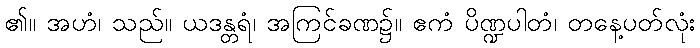
၏။ အဟံ၊ သည်။ ယဒန္တရံ၊ အကြင်ခဏ၌။ ဧကံ ပိဏ္ဍပါတံ၊ တနေ့ပတ်လုံး